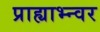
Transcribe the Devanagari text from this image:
प्राह्याभ्न्वर